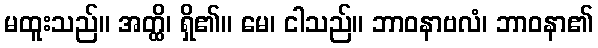
မထူးသည်။ အတ္ထိ၊ ရှိ၏။ မေ၊ ငါသည်။ ဘာဝနာဗလံ၊ ဘာဝနာ၏